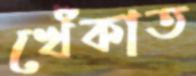
খেঁকাত